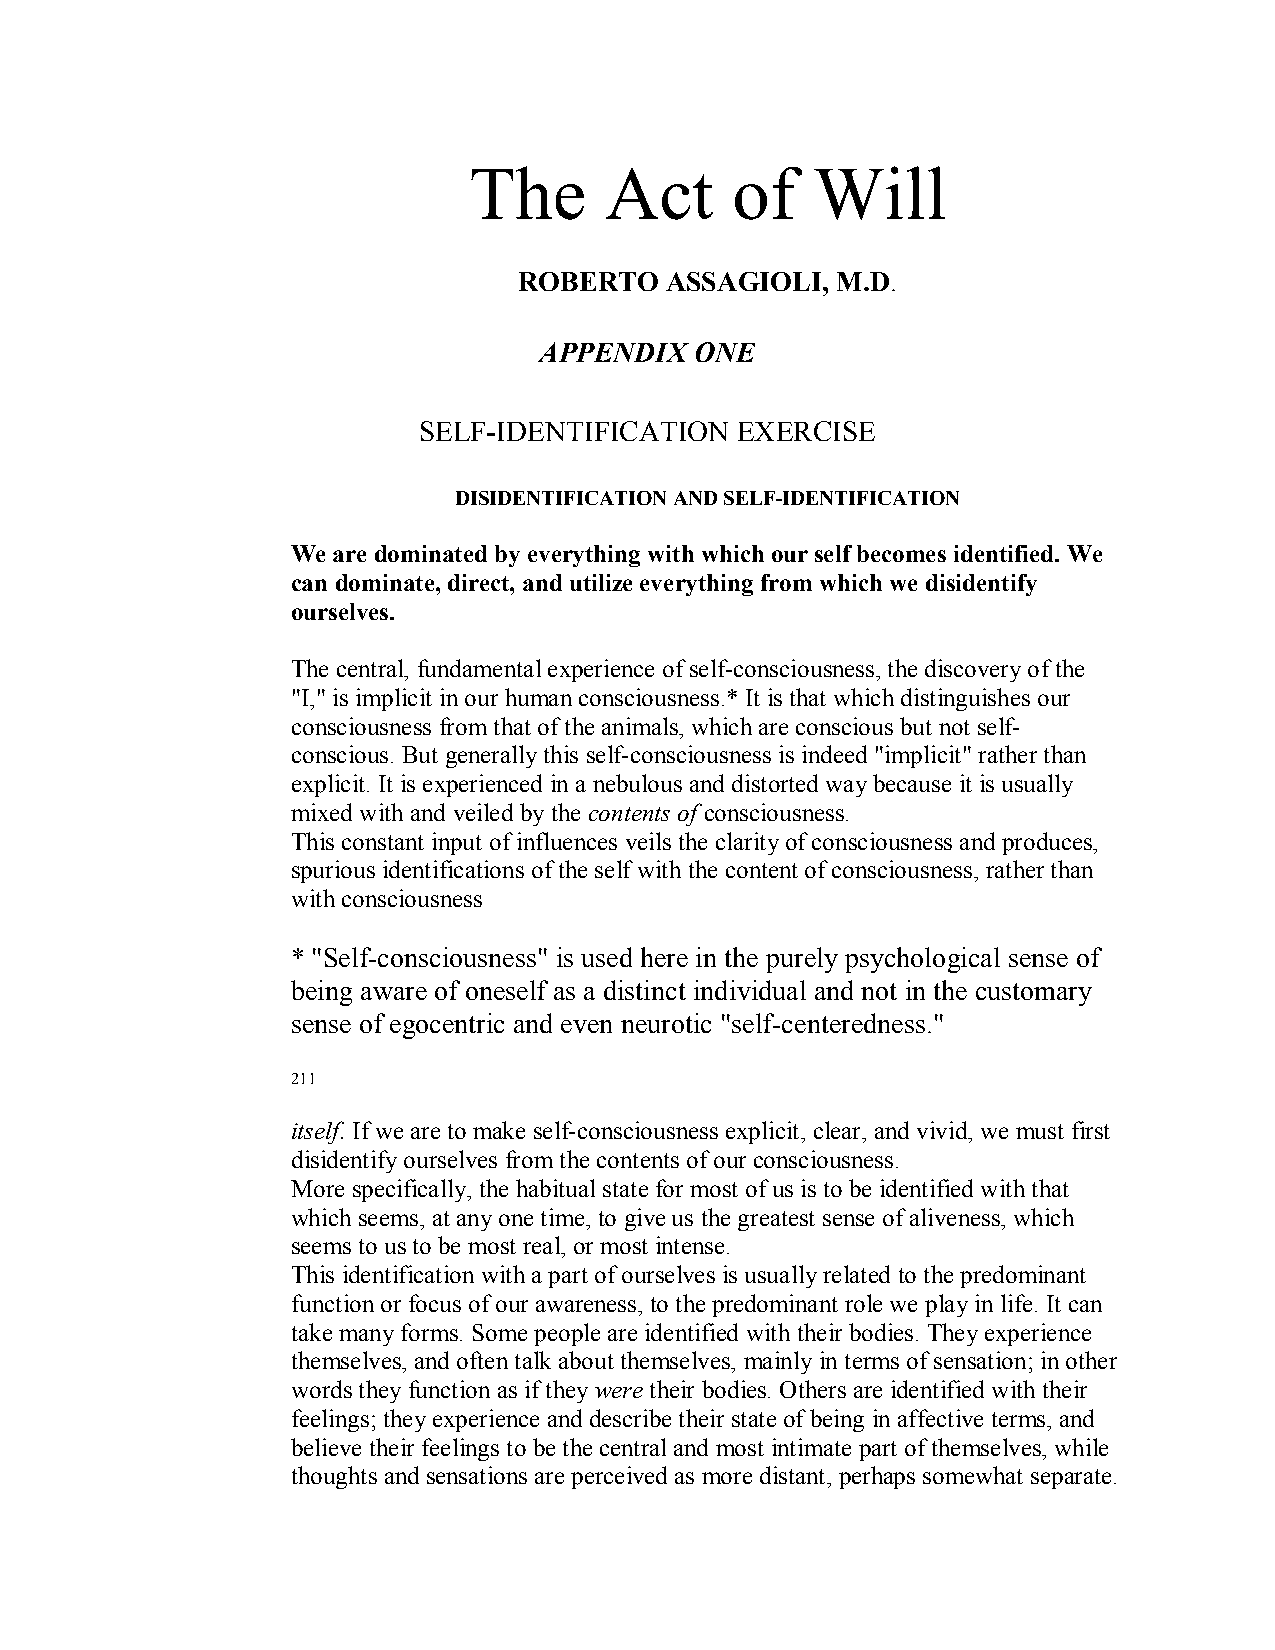
The      Act     of    Will
 ROBERTO   ASSAGIOLI, M.D.
 APPENDIX  ONE
 SELF­IDENTIFICATION  EXERCISE
 DISIDENTIFICATION AND SELF­IDENTIFICATION
 We are dominated by everything with which our self becomes identified. We
 can dominate, direct, and utilize everything from which we disidentify
 ourselves.
 The central, fundamental experience of self­consciousness, the discovery of the
 "I," is implicit inour human consciousness.* It is that which distinguishes our
 consciousness from that of the animals, which are conscious but not self­
 conscious. But generally this self­consciousness is indeed "implicit" rather than
 explicit. It is experienced in a nebulous and distorted way because it is usually
 mixed with and veiled by the contents of consciousness.
 This constant input of influences veils the clarity of consciousness and produces,
 spurious identifications of the self with the content of consciousness, rather than
 with consciousness
 * "Self­consciousness" is used here in the purely psychological sense of
 being aware of oneself as a distinct individual and not in the customary
 sense of egocentric and even neurotic "self­centeredness."
 211
 itself.If we areto make self­consciousness explicit, clear, and vivid, we must first
 disidentify ourselves from the contents of our consciousness.
 More specifically, the habitual state for most of us is to be identified with that
 which seems, at any one time, to give us the greatest sense of aliveness, which
 seems to us to be most real, or most intense.
 This identification with a part of ourselves is usually related to the predominant
 function or focus of our awareness, to the predominant role we play in life. It can
 take many forms. Some people are identified with their bodies. They experience
 themselves, and often talk about themselves, mainly in terms of sensation; in other
 words they function as if theywere their bodies. Others are identified with their
 feelings; they experience and describe their state of being in affective terms, and
 believe their feelings to be the central and most intimate part of themselves, while
 thoughts and sensations are perceived as more distant, perhaps somewhat separate.